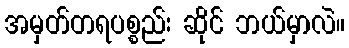
အမှတ်တရပစ္စည်း ဆိုင် ဘယ်မှာလဲ။